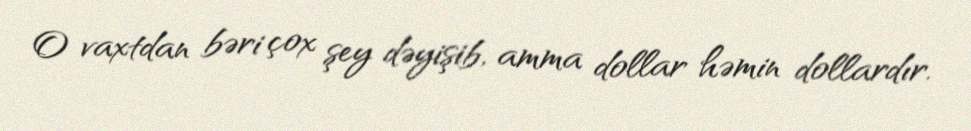
O vaxtdan bəri çox şey dəyişib, amma dollar həmin dollardır.